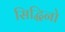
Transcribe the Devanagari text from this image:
सिद्धिनो